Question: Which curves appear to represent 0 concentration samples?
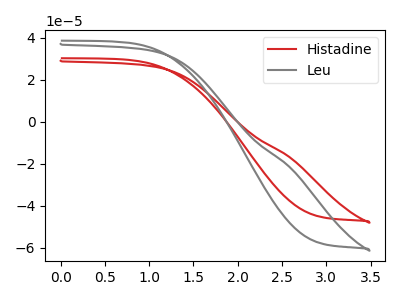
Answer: <think>The red curve "Histadine" has no peaks. The gray curve "Leu" has no peaks.</think>
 <answer>"Histadine" and "Leu" are likely to be blanks.</answer>
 <eval>"Histadine", "Leu"</eval>